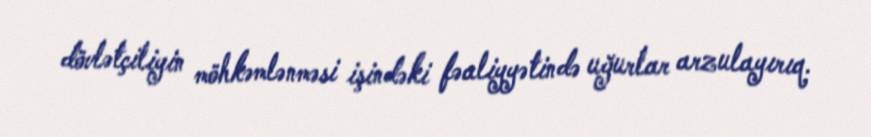
dövlətçiliyin möhkəmlənməsi işindəki fəaliyyətində uğurlar arzulayırıq.